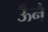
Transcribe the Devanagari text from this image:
ऊँनै